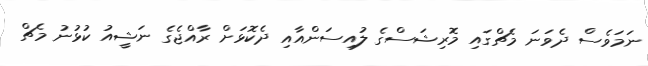
ނަމަވެސް ދެވަނަ މެޗްގައި މޮރިޝަސްގެ ލުއިސަންއާއި ދެކޮޅަށް ރާއްޖެގެ ނަޝީއު ކުޅުނު މެޗް